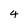
Character: 4